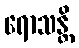
ရောသန္တိ